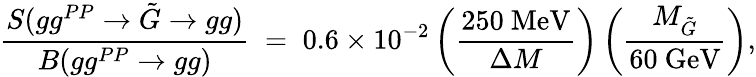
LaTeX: \frac{S(gg^{PP}\rightarrow\tilde{G}\rightarrow gg)}{B(gg^{PP}\rightarrow gg)}\; =\; 0.6\times 10^{-2}\left(\frac{250~\mathrm{MeV}}{\Delta M}\right)\left(\frac{M_{\tilde{G}}}{60~\mathrm{GeV}}\right),